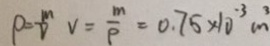
\rho = \frac { m } { v } v = \frac { m } { p } = 0 . 7 5 \times 1 0 ^ { - 3 } m ^ { 3 }